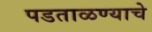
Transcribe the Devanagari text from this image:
पडताळण्याचे